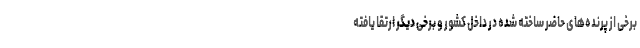
برخی از پرنده‌های حاضر ساخته شده در داخل کشور و برخی دیگر ارتقا یافته